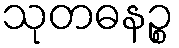
သုတဓနဉ္စ